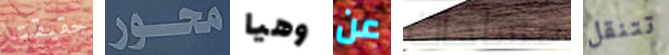
حقيقتا محور وهيا عن مساحات تتنقل